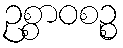
ဥစ္စာဝစဉ္စ